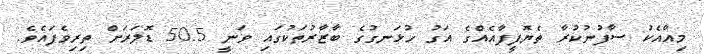
މިއާއެކު ސާފުނުކުރާ ތެޔޮފީފާއެއްގެ އަގު ހުޅަނގުގެ ބާޒާރުތަކުގައި ވަނީ 50.5 ޑޮލަރަށް ތިރިވެފައެވެ.